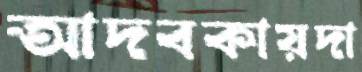
আদবকায়দা